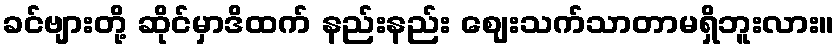
ခင်ဗျားတို့ ဆိုင်မှာဒိထက် နည်းနည်း ဈေးသက်သာတာမရှိဘူးလား။